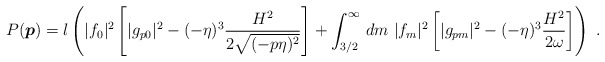
\begin{align*}P(\mbox{\boldmath $p$}) = l\left( |f_0|^2 \left[|g_{p0}|^2 -(-\eta)^3\frac{H^2}{2\sqrt{(-p\eta)^2}}\right] + \int_{3/2}^{\infty} \,dm \ |f_m|^2 \left[|g_{pm}|^2-(-\eta)^3\frac{H^2}{2\omega}\right] \right)\ .\end{align*}